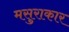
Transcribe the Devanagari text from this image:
मसुराकार